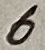
Text: 6